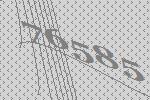
76585